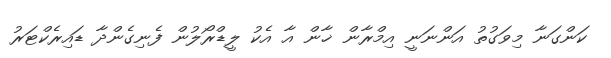
ކަންގަނާ މިވަގުތު އަންނަނީ އިމްރާން ޚާން އާ އެކު ލީޑްރޯލުން ފެނިގެންދާ ޑައިރެކްޓަރު